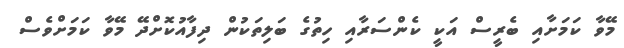
މޭވާ ކަމަށާއި ބެރީސް އަކީ ކެންސަރާއި ހިތުގެ ބަލިތަކުން ދިފާއުކޮށްދޭ މޭވާ ކަމަށްވެސް